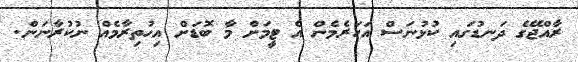
ރާއްޖޭގެ ދަނޑުގައި ކުޅުނަސް އަހަރެމެން އެ ޓީމަށް މާ ބޮޑަށް އިހުތިރާމެއް ނުކުރާނަން.